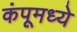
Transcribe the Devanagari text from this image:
कंपूमध्ये